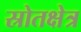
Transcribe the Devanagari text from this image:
स्रोतक्षेत्र